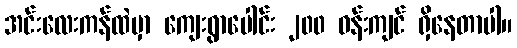
အင်းလေးကန်ထဲမှာ ကျေးရွာပေါင်း ၂၀၀ ဝန်းကျင် ရှိနေတာပါ။